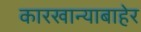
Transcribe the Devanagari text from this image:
कारखान्याबाहेर